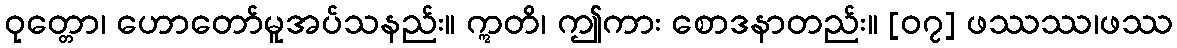
ဝုတ္တော၊ ဟောတော်မူအပ်သနည်း။ ဣတိ၊ ဤကား စောဒနာတည်း။ [၀၇] ဖဿဿ၊ဖဿ